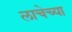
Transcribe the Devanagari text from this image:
लाचेच्या